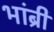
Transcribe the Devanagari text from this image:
भांब्री